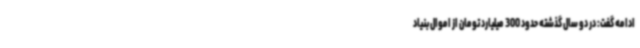
ادامه گفت: در دو سال گذشته حدود 300 میلیارد تومان از اموال بنیاد